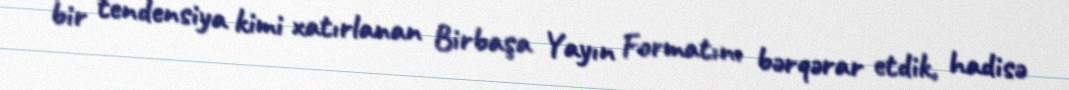
bir tendensiya kimi xatırlanan Birbaşa Yayın Formatını bərqərar etdik, hadisə